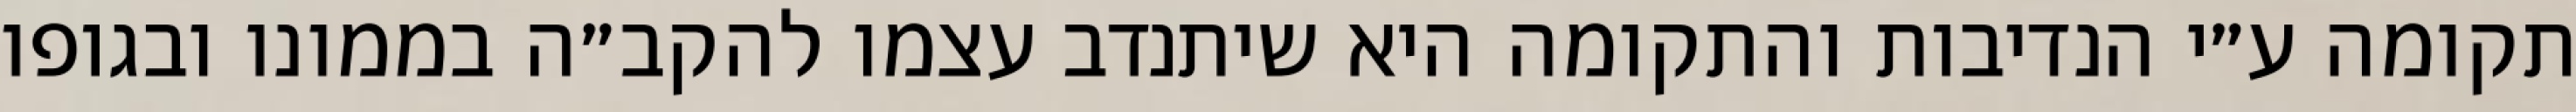
תקומה ע״י הנדיבות והתקומה היא שיתנדב עצמו להקב״ה בממונו ובגופו